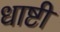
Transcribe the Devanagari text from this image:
धाष्टी